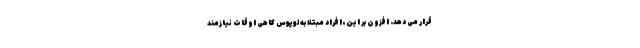
قرار می دهد. افزون بر این، افراد مبتلا به لوپوس گاهی اوقات نیازمند